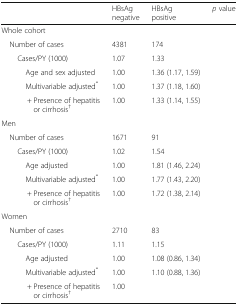
<table><thead><tr><td>[EMPTY_CELL]</td><td><b>HBsAg negative</b></td><td><b>HBsAg positive</b></td><td><b><i>p</i> value</b></td></tr></thead><tbody><tr><td colspan="4">Whole cohort</td></tr><tr><td> Number of cases</td><td>4381</td><td>174</td><td>[EMPTY_CELL]</td></tr><tr><td>Cases/PY (1000)</td><td>1.07</td><td>1.33</td><td>[EMPTY_CELL]</td></tr><tr><td>Age and sex adjusted</td><td>1.00</td><td>1.36 (1.17, 1.59)</td><td>[EMPTY_CELL]</td></tr><tr><td>Multivariable adjusted<sup>*</sup></td><td>1.00</td><td>1.37 (1.18, 1.60)</td><td>[EMPTY_CELL]</td></tr><tr><td>+ Presence of hepatitis or cirrhosis<sup>†</sup></td><td>1.00</td><td>1.33 (1.14, 1.55)</td><td>[EMPTY_CELL]</td></tr><tr><td colspan="4">Men</td></tr><tr><td> Number of cases</td><td>1671</td><td>91</td><td>[EMPTY_CELL]</td></tr><tr><td>Cases/PY (1000)</td><td>1.02</td><td>1.54</td><td>[EMPTY_CELL]</td></tr><tr><td>Age adjusted</td><td>1.00</td><td>1.81 (1.46, 2.24)</td><td>[EMPTY_CELL]</td></tr><tr><td>Multivariable adjusted<sup>*</sup></td><td>1.00</td><td>1.77 (1.43, 2.20)</td><td>[EMPTY_CELL]</td></tr><tr><td>+ Presence of hepatitis or cirrhosis<sup>†</sup></td><td>1.00</td><td>1.72 (1.38, 2.14)</td><td>[EMPTY_CELL]</td></tr><tr><td colspan="4">Women</td></tr><tr><td> Number of cases</td><td>2710</td><td>83</td><td>[EMPTY_CELL]</td></tr><tr><td>Cases/PY (1000)</td><td>1.11</td><td>1.15</td><td>[EMPTY_CELL]</td></tr><tr><td>Age adjusted</td><td>1.00</td><td>1.08 (0.86, 1.34)</td><td>[EMPTY_CELL]</td></tr><tr><td>Multivariable adjusted<sup>*</sup></td><td>1.00</td><td>1.10 (0.88, 1.36)</td><td>[EMPTY_CELL]</td></tr><tr><td>+ Presence of hepatitis or cirrhosis<sup>†</sup></td><td>1.00</td><td>[EMPTY_CELL]</td><td>[EMPTY_CELL]</td></tr></tbody></table>